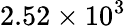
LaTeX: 2.52\times 10^{3}